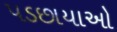
પડછાયાઓ